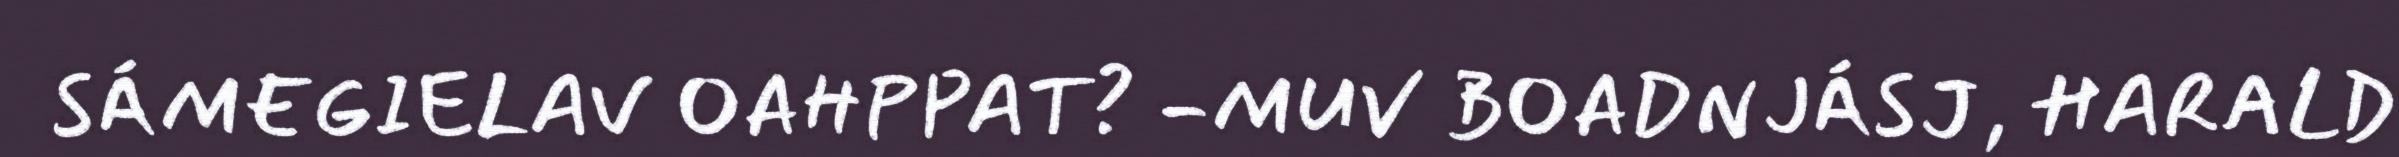
SÁMEGIELAV OAHPPAT? -MUV BOADNJÁSJ, HARALD